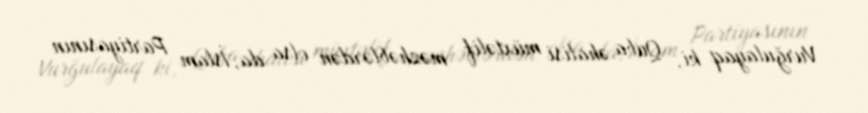
Vurğulayaq ki, Quba əhalisi müxtəlif məzhəblərdən olsa da, İslam Partiyasının